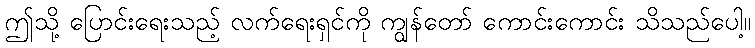
ဤသို့ ပြောင်းရေးသည့် လက်ရေးရှင်ကို ကျွန်တော် ကောင်းကောင်း သိသည်ပေါ့။